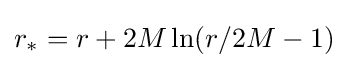
r_{*}=r+2M\ln(r/2M-1)